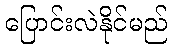
ပြောင်းလဲနိုင်မည်